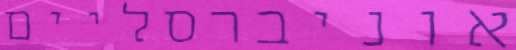
אוניברסליים